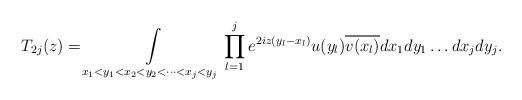
LaTeX: \begin{align*} T_{2j}(z) = \int\limits_{x_1<y_1 <x_2< y_2< \dots < x_j<y_{j}} \prod_{l=1}^j e^{2iz(y_{l}-x_l)}u(y_{l}) \overline{v(x_l)} dx_1dy_1 \dots d x_{j}dy_j. \end{align*}